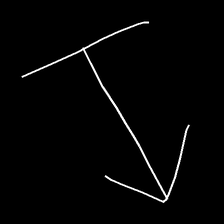
Glyph: levitation